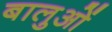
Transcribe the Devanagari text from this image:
बालुओं